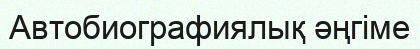
Автобиографиялық әңгіме